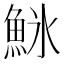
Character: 𬵌